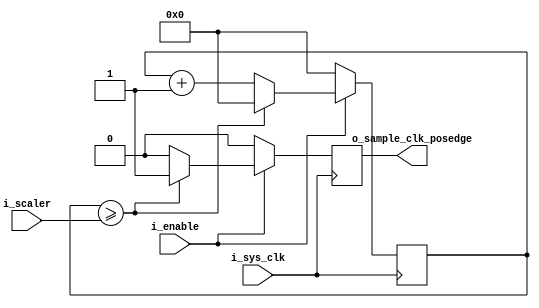
// This program was cloned from: https://github.com/lekgolo167/enxor-logic-analyzer
// License: GNU General Public License v3.0

`timescale 1ns / 1ps
//////////////////////////////////////////////////////////////////////////////////
// Company: 
// 
// Design Name: 
// Module Name: Clock_Divider
// Project Name: Enxor Logic Analyzer
// Target Devices: 
// Tool Versions: 
// Description: 
// 
//      Copyright (C) 2021  Matthew Crump
//
// 		This program is free software: you can redistribute it and/or modify
// 		it under the terms of the GNU General Public License as published by
// 		the Free Software Foundation, either version 3 of the License, or
// 		(at your option) any later version.
//
// 		This program is distributed in the hope that it will be useful,
// 		but WITHOUT ANY WARRANTY; without even the implied warranty of
// 		MERCHANTABILITY or FITNESS FOR A PARTICULAR PURPOSE.  See the
// 		GNU General Public License for more details.
//
// 		You should have received a copy of the GNU General Public License
// 		along with this program.  If not, see <https://www.gnu.org/licenses/>.
//
// Dependencies: 
// 
// Revision:
// Revision 0.01 - File Created
// Additional Comments:
// 
//////////////////////////////////////////////////////////////////////////////////


module Clock_Divider(
    input i_sys_clk,
    input i_enable,
    input [15:0] i_scaler, // CLK / scalar / 2 = sample rate
    output reg o_sample_clk_posedge
    );
    
    reg [15:0] r_count;

    always @(posedge i_sys_clk) begin
        if(!i_enable) begin
            r_count <= 0;
            o_sample_clk_posedge <= 0;
        end
        else if (r_count >= i_scaler) begin
            r_count <= 0;
            o_sample_clk_posedge <= 1;
        end
        else begin
            r_count <= r_count + 1;
            o_sample_clk_posedge <= 0;
        end
    end // End always    
    
endmodule